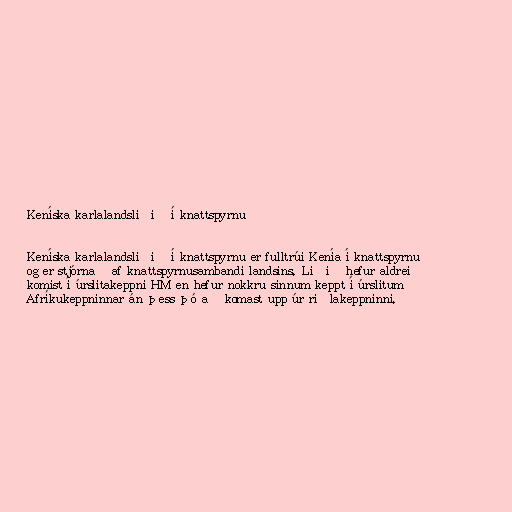
Keníska karlalandsliðið í knattspyrnu

Keníska karlalandsliðið í knattspyrnu er fulltrúi Kenía í knattspyrnu
og er stjórnað af knattspyrnusambandi landsins. Liðið hefur aldrei
komist í úrslitakeppni HM en hefur nokkru sinnum keppt í úrslitum
Afríkukeppninnar án þess þó að komast upp úr riðlakeppninni.